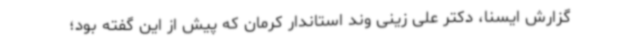
گزارش ایسنا، دکتر علی زینی وند استاندار کرمان که پیش از این گفته بود؛